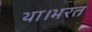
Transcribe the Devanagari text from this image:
था।भरत